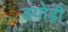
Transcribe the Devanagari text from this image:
डयोढ़ी